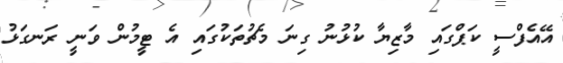
އޭއެފްސީ ކަޕްގައި މާޒިޔާ ކުޅުނު ގިނަ މެޗުތަކުގައި އެ ޓީމުން ވަނީ ރަނގަޅު